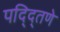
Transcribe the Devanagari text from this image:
पद्द्तिणे